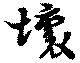
壊